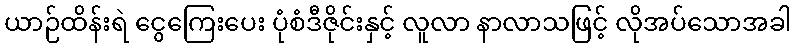
ယာဉ်ထိန်းရဲ ငွေကြေးပေး ပုံစံဒီဇိုင်းနှင့် လူလာ နာလာသဖြင့် လိုအပ်သောအခါ